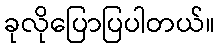
ခုလိုပြောပြပါတယ်။